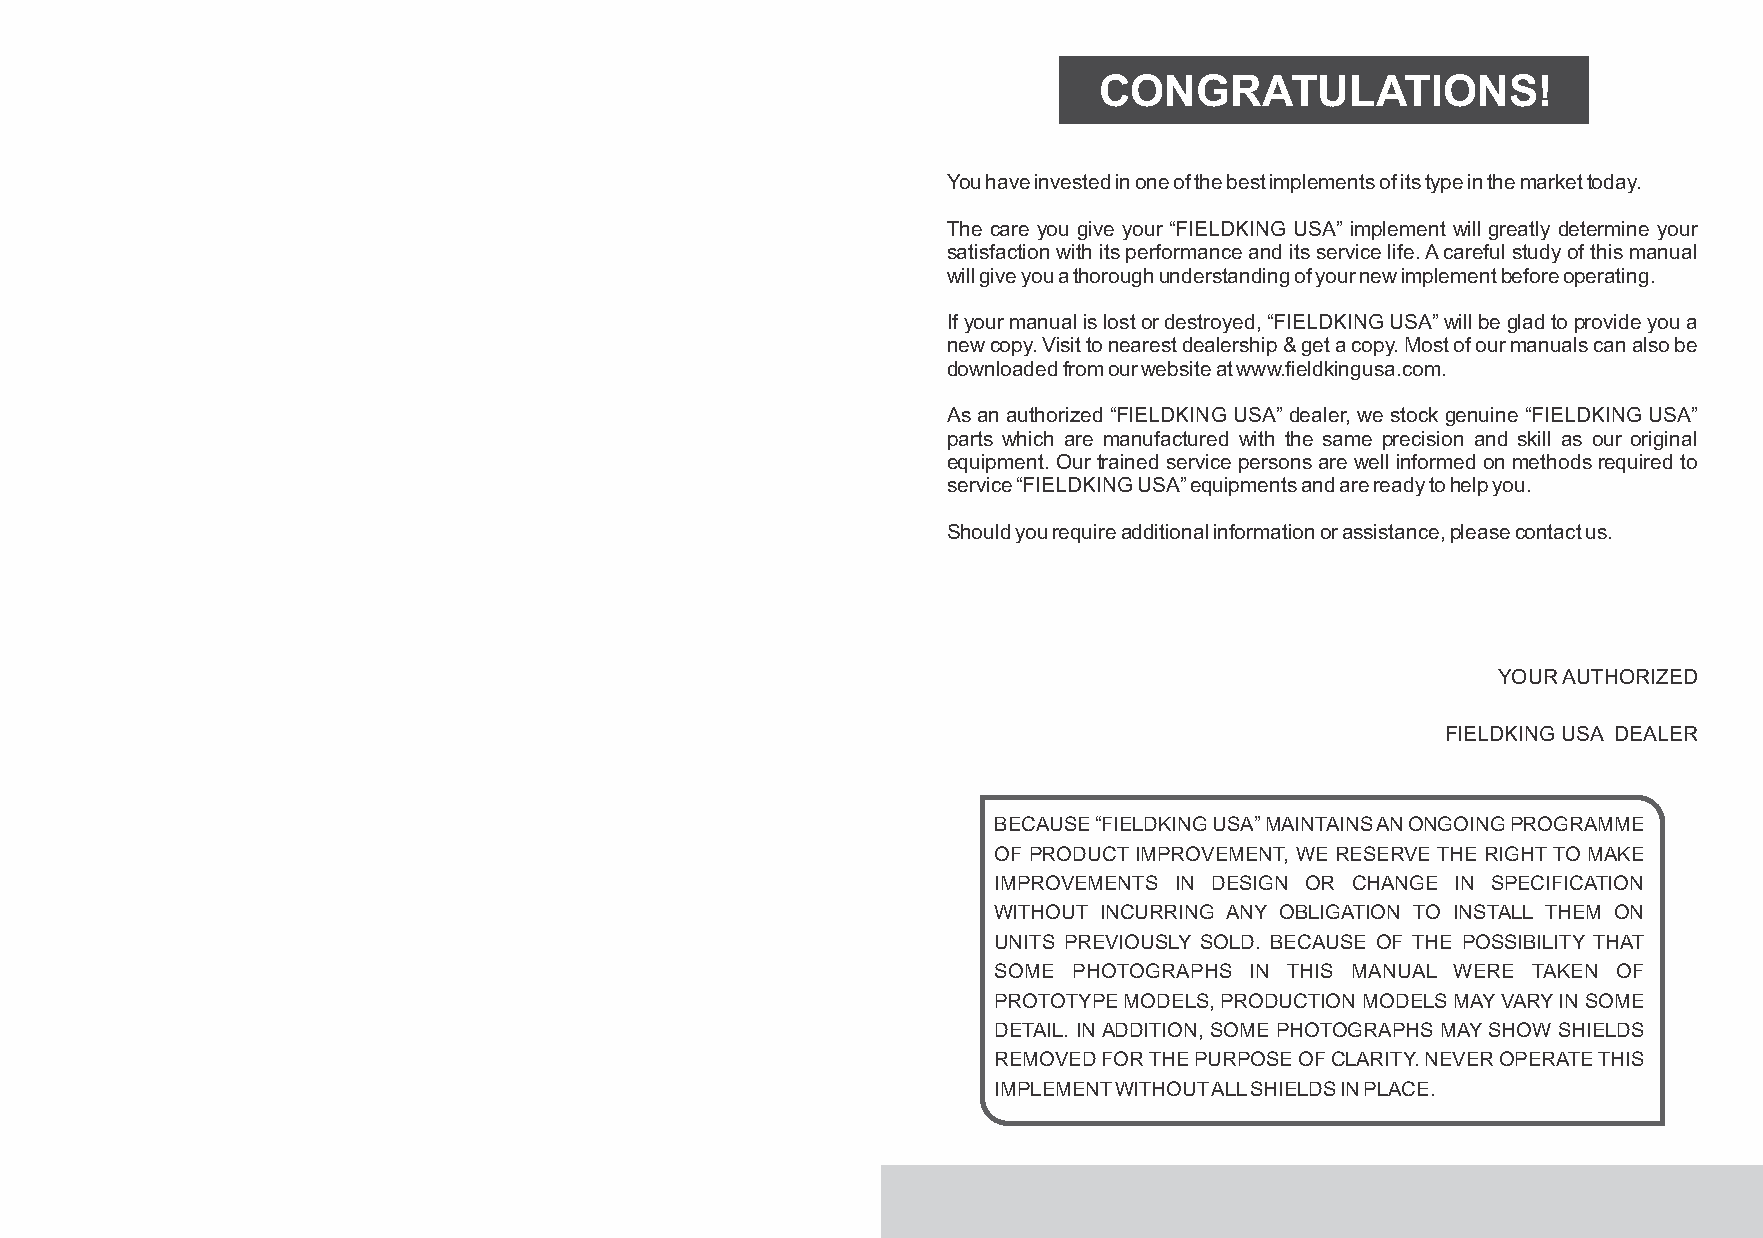
CONGRATULATIONS!
 You have invested in one of the best implements of its type in the market today.
 The care you give your “FIELDKING USA” implement will greatly determine your
 satisfaction with its performance and its service life. A careful study of this manual
 will give you a thorough understanding of your new implement before operating.
 If your manual is lost or destroyed, “FIELDKING USA” will be glad to provide you a
 new copy. Visit to nearest dealership & get a copy. Most of our manuals can also be
 downloaded from our website at www.fieldkingusa.com.
 As an authorized “FIELDKING USA” dealer, we stock genuine “FIELDKING USA”
 parts which are manufactured with the same precision and skill as our original
 equipment. Our trained service persons are well informed on methods required to
 service “FIELDKING USA” equipments and are ready to help you.
 Should you require additional information or assistance, please contact us.
 YOUR AUTHORIZED
 FIELDKING USA DEALER
 BECAUSE “FIELDKING USA” MAINTAINS AN ONGOING PROGRAMME
 OF PRODUCT IMPROVEMENT, WE RESERVE THE RIGHT TO MAKE
 IMPROVEMENTS IN DESIGN OR CHANGE IN SPECIFICATION
 WITHOUT INCURRING ANY OBLIGATION TO INSTALL THEM ON
 UNITS PREVIOUSLY SOLD. BECAUSE OF THE POSSIBILITY THAT
 SOME PHOTOGRAPHS IN THIS MANUAL WERE TAKEN OF
 PROTOTYPE MODELS, PRODUCTION MODELS MAY VARY IN SOME
 DETAIL. IN ADDITION, SOME PHOTOGRAPHS MAY SHOW SHIELDS
 REMOVED FOR THE PURPOSE OF CLARITY. NEVER OPERATE THIS
 IMPLEMENT WITHOUT ALL SHIELDS IN PLACE.